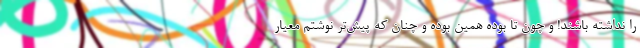
را نداشته باشند! و چون تا بوده همین بوده و چنان که پیش‌تر نوشتم معیار